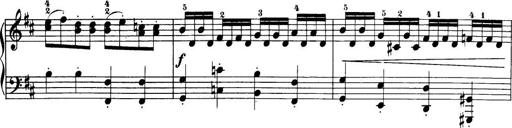
Title: 32 Sonatinas and Rondos for the Piano
Composer: Richard Kleinmichel